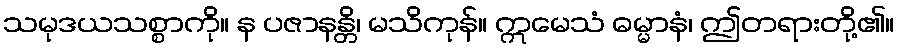
သမုဒယသစ္စာကို။ န ပဇာနန္တိ၊ မသိကုန်။ ဣမေသံ ဓမ္မာနံ၊ ဤတရားတို့၏။